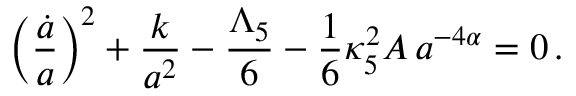
\left( \frac { \dot { a } } { a } \right) ^ { 2 } + \frac { k } { a ^ { 2 } } - \frac { \Lambda _ { 5 } } { 6 } - \frac { 1 } { 6 } \kappa _ { 5 } ^ { 2 } A \, a ^ { - 4 \alpha } = 0 \, .